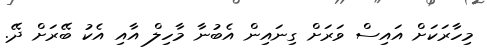
މިހާރަކަށް އައިސް ވަރަށް ގިނައިން އެބުނާ މާހިލް އާއި އެކު ބޭރަށް ދޭ.